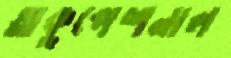
অকুপেশনাল